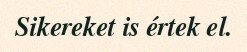
Sikereket is értek el.